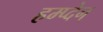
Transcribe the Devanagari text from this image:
हम्प्देन्